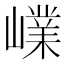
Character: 嶫